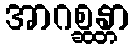
အာဂစ္ဆန္တာ